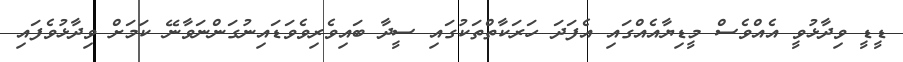
ޑީޑީ ވިދާޅުވީ އެއްވެސް މީޑިޔާއެއްގައި އެފަދަ ހަރަކާތްތަކުގައި ސީދާ ބައިވެރިވެވަޑައިނުގަންނަވާނޭ ކަމަށް ވިދާޅުވެފައި